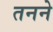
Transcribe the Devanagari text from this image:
तनने